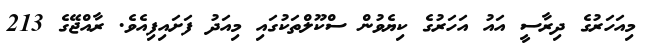
މިއަހަރުގެ ދިރާސީ އައު އަހަރުގެ ކިޔެވުން ސްކޫލްތަކުގައި މިއަދު ފަށައިފިއެވެ. ރާއްޖޭގެ 213